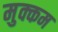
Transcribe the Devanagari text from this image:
मुक्कम